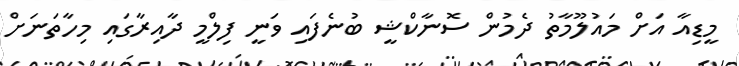
މީޑިއާ އަށް މައުލޫމާތު ދެމުން ސޮނާކްޝީ ބުނެފައި ވަނީ ފިލްމީ ދާއިރާގައި މިހާތަނަށް